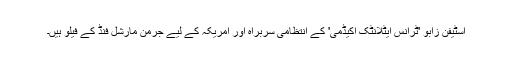
اسٹیفن زابو 'ٹرانس ایٹلانٹک اکیڈمی' کے انتظامی سربراہ اور امریکہ کے لیے جرمن مارشل فنڈ کے فیلو ہیں۔